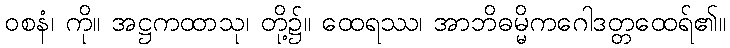
ဝစနံ၊ ကို။ အဋ္ဌကထာသု၊ တို့၌။ ထေရဿ၊ အာဘိဓမ္မိကဂေါဒတ္တထေရ်၏။